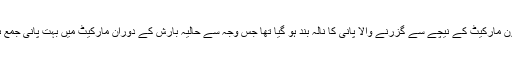
انہوں نے کہا کہ پشاور موڑ میٹرو بس سٹیشن کی تعمیر کے دوران جی ایٹ ون مارکیٹ کے نیچے سے گزرنے والا پانی کا نالہ بند ہو گیا تھا جس وجہ سے حالیہ بارش کے دوران مارکیٹ میں بہت پانی جمع ہو گیا جو دکانوں میں گھس گیا اور جس نے بہت سا تجارتی سامان بتاہ کر دیا۔